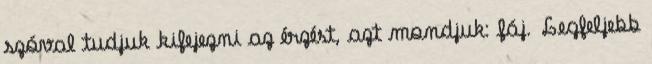
szóval tudjuk kifejezni az érzést, azt mondjuk: fáj. Legfeljebb